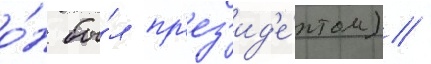
о́н бы́л пр'ез'ид'е́нтом) /